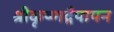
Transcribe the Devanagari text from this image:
श्रीकृष्णद्वैपायन